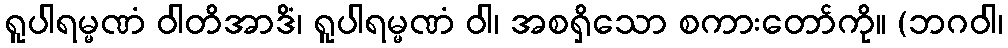
ရူပါရမ္မဏံ ဝါတိအာဒိံ၊ ရူပါရမ္မဏံ ဝါ၊ အစရှိသော စကားတော်ကို။ (ဘဂဝါ၊